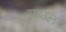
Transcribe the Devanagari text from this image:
ग्राउल